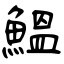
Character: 鰮